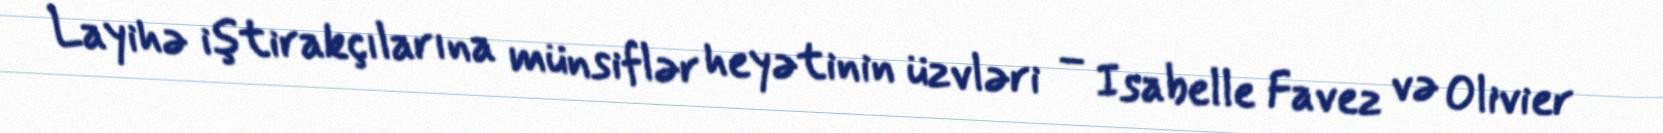
Layihə iştirakçılarına münsiflər heyətinin üzvləri – Isabelle Favez və Olivier